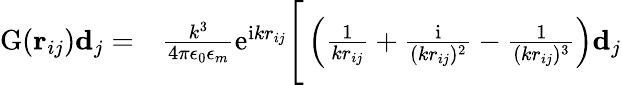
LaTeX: \begin{array}{rl}{\mathrm{G}(\mathbf{r}_{ij})\mathbf{d}_{j}=}&{{}\frac{k^{3}}{4\pi\epsilon_{0}\epsilon_{m}}\mathrm{e}^{\mathrm{i}kr_{ij}}\Bigg[\left(\frac{1}{kr_{ij}}+\frac{\mathrm{i}}{(kr_{ij})^{2}}-\frac{1}{(kr_{ij})^{3}}\right)\mathbf{d}_{j}}\end{array}